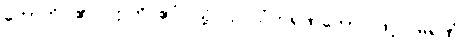
ဟောတိ၊ ၏။ ဣတိ ဧဝံ၊ သို့။ ဥပသံဟရဏတော၊ ဖြင့်။ မရဏံ၊